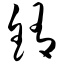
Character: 铕